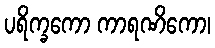
ပရိက္ခကော ကာရဏိကော၊